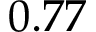
0 . 7 7